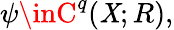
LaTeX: \psi\inC^{q}(\mathit{X};R),